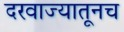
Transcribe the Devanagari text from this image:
दरवाज्यातूनच